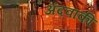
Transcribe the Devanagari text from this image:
अंदवाकी